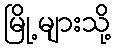
မြို့များသို့